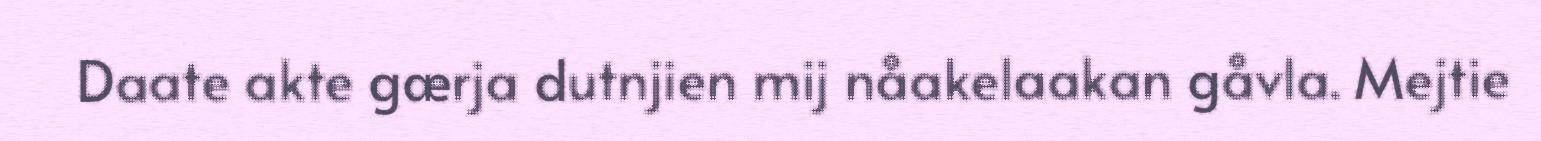
Daate akte gærja dutnjien mij nåakelaakan gåvla. Mejtie